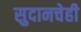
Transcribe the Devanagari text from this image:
सुदानचेही